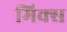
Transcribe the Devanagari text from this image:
मिक्‍स